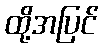
ထို့အပြင်